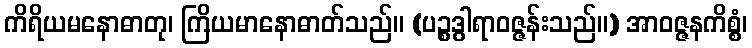
ကိရိယမနောဓာတု၊ ကြိယမာနောဓာတ်သည်။ (ပဉ္စဒွါရာဝဇ္ဇန်းသည်။) အာဝဇ္ဇနကိစ္စံ၊